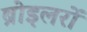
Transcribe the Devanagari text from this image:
ब्रोइलरों